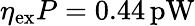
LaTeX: \eta_{\textrm{ex}}P=0.44\, \mathrm{pW}